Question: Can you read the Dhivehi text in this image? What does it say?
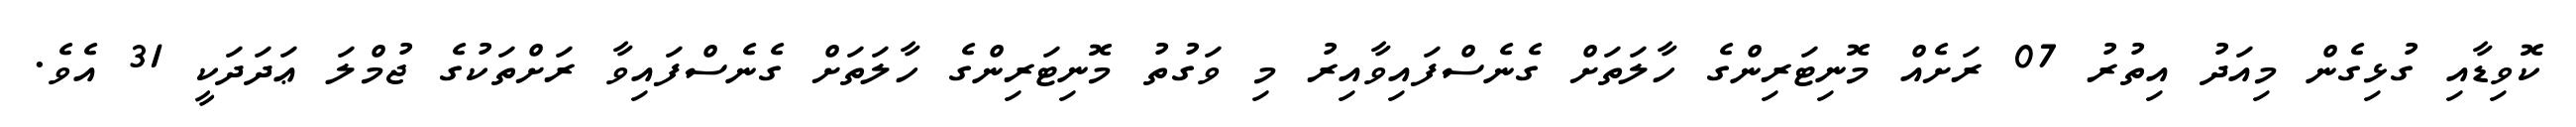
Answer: ކޮވިޑާއި ގުޅިގެން މިއަދު އިތުރު 07 ރަށެއް މޮނިޓަރިންގެ ހާލަތަށް ގެނެސްފައިވާއިރު މި ވަގުތު މޮނިޓަރިންގެ ހާލަތަށް ގެނެސްފައިވާ ރަށްތަކުގެ ޖުމްލަ ޢަދަދަކީ 31 އެވެ.